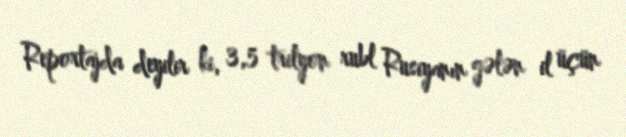
Reportajda deyilir ki, 3,5 trilyon rubl Rusiyanın gələn il üçün